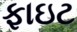
ફાઇટ